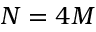
N = 4 M